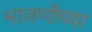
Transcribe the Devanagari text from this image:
भाजणीच्या